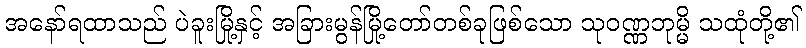
အနော်ရထာသည် ပဲခူးမြို့နှင့် အခြားမွန်မြို့တော်တစ်ခုဖြစ်သော သုဝဏ္ဏဘုမ္မိ သထုံတို့၏